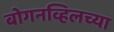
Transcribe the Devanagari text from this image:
बोगनव्हिलच्या